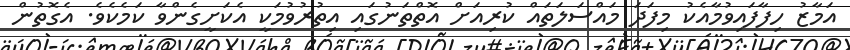
އަމާޒު ހިފާފައިވުމާއެކު މިފަދަ މައްސަލަތައް ކުރިއަށް އޮތްތަނުގައި އިތުރުވުމަކީ އެކަށީގެންވާ ކަމެކެވެ. އެގޮތުން